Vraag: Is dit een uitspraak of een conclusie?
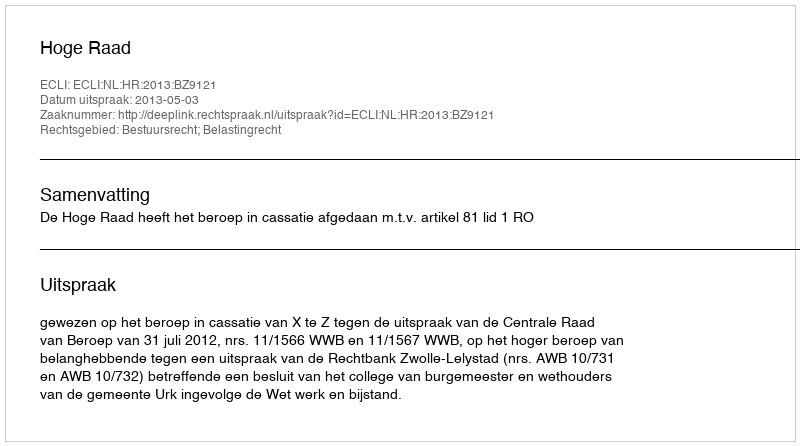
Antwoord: Uitspraak